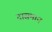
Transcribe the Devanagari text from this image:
दासमान